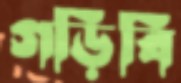
গড়িবি